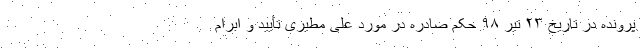
پرونده در تاریخ ۲۳ تیر ۹۸ حکم صادره در مورد علی مطیری تأیید و ابرام